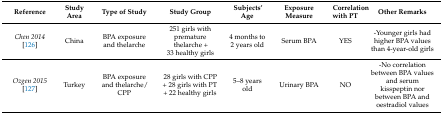
<table><thead><tr><td><b>Reference</b></td><td><b>Study Area</b></td><td><b>Type of Study</b></td><td><b>Study Group</b></td><td><b>Subjects’ Age</b></td><td><b>Exposure Measure</b></td><td><b>Correlation with PT</b></td><td><b>Other Remarks</b></td></tr></thead><tbody><tr><td><i>Chen 2014</i> [126]</td><td>China</td><td>BPA exposure and thelarche</td><td>251 girls with premature thelarche + 33 healthy girls</td><td>4 months to 2 years old</td><td>Serum BPA</td><td>YES</td><td>-Younger girls had higher BPA values than 4-year-old girls</td></tr><tr><td><i>Ozgen 2015</i> [127]</td><td>Turkey</td><td>BPA exposure and thelarche/ CPP</td><td>28 girls with CPP + 28 girls with PT + 22 healthy girls</td><td>5–8 years old</td><td>Urinary BPA</td><td>NO</td><td>-No correlation between BPA values and serum kisspeptin nor between BPA and oestradiol values</td></tr></tbody></table>